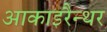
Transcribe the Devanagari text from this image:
आकाइरैन्थर